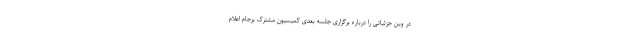
در وین جزئیاتی را درباره برگزاری جلسه بعدی کمیسیون مشترک برجام اعلام